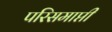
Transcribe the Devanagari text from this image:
परिसमाप्ती